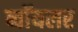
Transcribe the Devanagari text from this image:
ब्वॉयलर